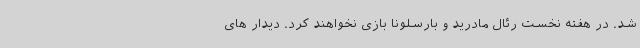
شد. در هفته نخست رئال مادرید و بارسلونا بازی نخواهند کرد. دیدار های